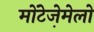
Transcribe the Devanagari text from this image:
मोंटेजे़मेलो